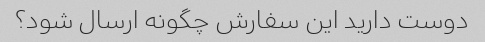
دوست دارید این سفارش چگونه ارسال شود؟